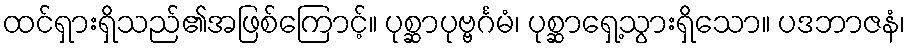
ထင်ရှားရှိသည်၏အဖြစ်ကြောင့်။ ပုစ္ဆာပုဗ္ဗင်္ဂမံ၊ ပုစ္ဆာရှေ့သွားရှိသော။ ပဒဘာဇနံ၊